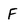
Character: F